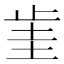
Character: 𣥮